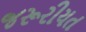
જરૂરીયત